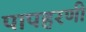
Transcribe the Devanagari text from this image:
पापहरणी